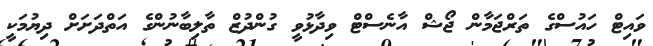
ވައިޓް ހައުސްގެ ތަރްޖަމާން ޖޯޝް އާނެސްޓް ވިދާޅުވީ ގުންދުޒް ތާލިބާނުންގެ އަތްދަށަށް ދިޔުމަކީ